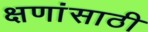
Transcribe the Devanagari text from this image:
क्षणांसाठी